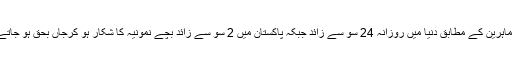
طبی ماہرین کے مطابق دنیا میں روزانہ 24 سو سے زائد جبکہ پاکستان میں 2 سو سے زائد بچے نمونیہ کا شکار ہو کرجاں بحق ہو جاتے ہیں۔